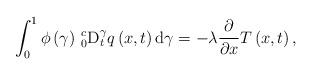
LaTeX: \begin{align*}\int_{0}^{1}\phi \left( \gamma \right) \,{}_{0}^{c}\mathrm{D}_{t}^{\gamma}q\left( x,t\right) \mathrm{d}\gamma =-\lambda \frac{\partial }{\partial x}T\left( x,t\right) , \end{align*}